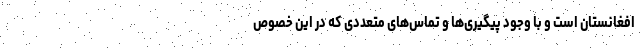
افغانستان است و با وجود پیگیری‌ها و تماس‌های متعددی که در این خصوص